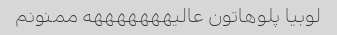
لوبیا پلوهاتون عالیهههههههه ممنونم